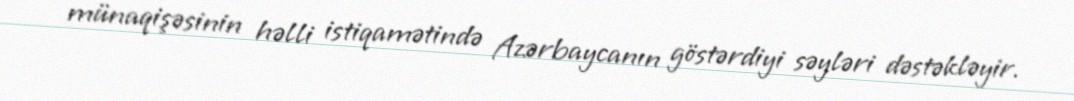
münaqişəsinin həlli istiqamətində Azərbaycanın göstərdiyi səyləri dəstəkləyir.